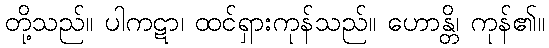
တို့သည်။ ပါကဋာ၊ ထင်ရှားကုန်သည်။ ဟောန္တိ၊ ကုန်၏။